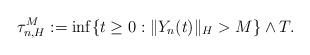
LaTeX: \begin{align*}\tau_{n,H}^M := \inf\{t\geq 0: \Vert Y_n(t)\Vert_H >M \}\wedge T .\end{align*}